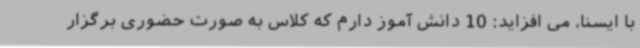
با ایسنا، می افزاید: 10 دانش آموز دارم که کلاس به صورت حضوری برگزار